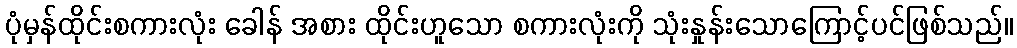
ပုံမှန်ထိုင်းစကားလုံး ခေါန် အစား ထိုင်းဟူသော စကားလုံးကို သုံးနှုန်းသောကြောင့်ပင်ဖြစ်သည်။